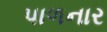
પાળનાર